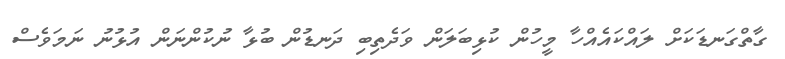
ގާތްގަނޑަކަށް ލައްކައެއްހާ މީހުން ކުޅިބަލަން ވަދެތިބި ދަނޑުން ބުޅާ ނުކުންނަން އުޅުނު ނަމަވެސް